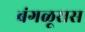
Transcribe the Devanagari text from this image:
बंगळूरास